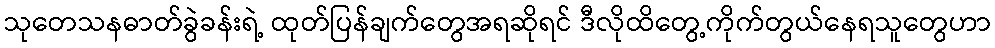
သုတေသနဓာတ်ခွဲခန်းရဲ့ ထုတ်ပြန်ချက်တွေအရဆိုရင် ဒီလိုထိတွေ့ကိုက်တွယ်နေရသူတွေဟာ